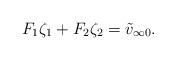
LaTeX: \begin{align*}F_1 \zeta_1+F_2 \zeta_2=\tilde v_{\infty0}.\end{align*}